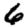
Digit: 6